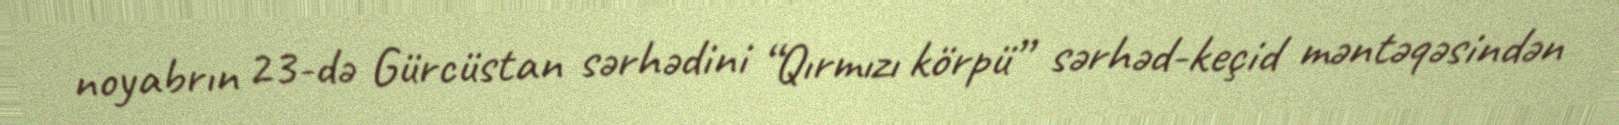
noyabrın 23-də Gürcüstan sərhədini “Qırmızı körpü” sərhəd-keçid məntəqəsindən